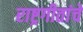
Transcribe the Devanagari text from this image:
राष्ट्रगीतांचे